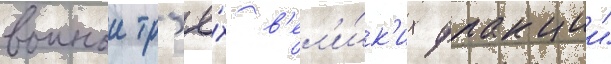
воинои тр'ё́х в'ел'и́к'их фракции"